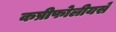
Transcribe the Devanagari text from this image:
कप्रीफोलीयसे